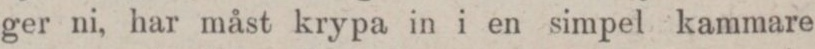
ger ni, har måst krypa in i en simpel kammare